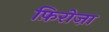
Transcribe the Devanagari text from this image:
फ़िरोज़ा